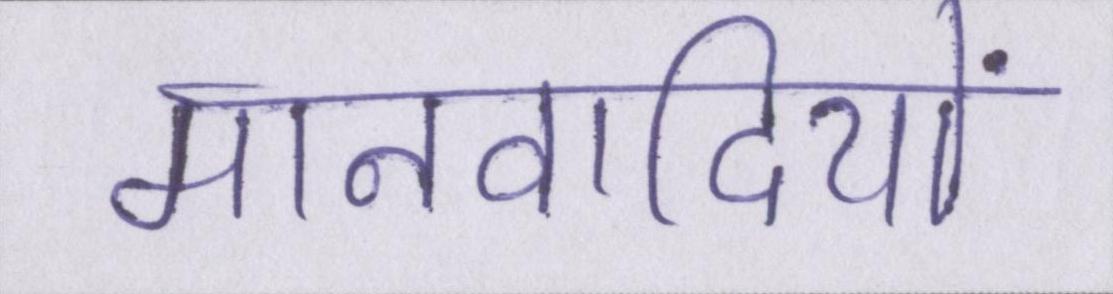
मानवादियों